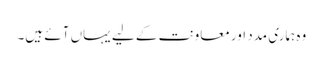
وہ ہماری مدد اور معاونت کے لیے یہاں آئے ہیں۔